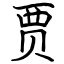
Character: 贾